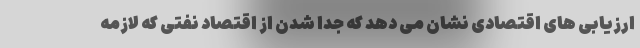
ارزیابی های اقتصادی نشان می دهد که جدا شدن از اقتصاد نفتی که لازمه